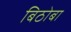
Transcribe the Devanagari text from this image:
बिठोबा